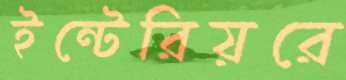
ইন্টেরিয়রে